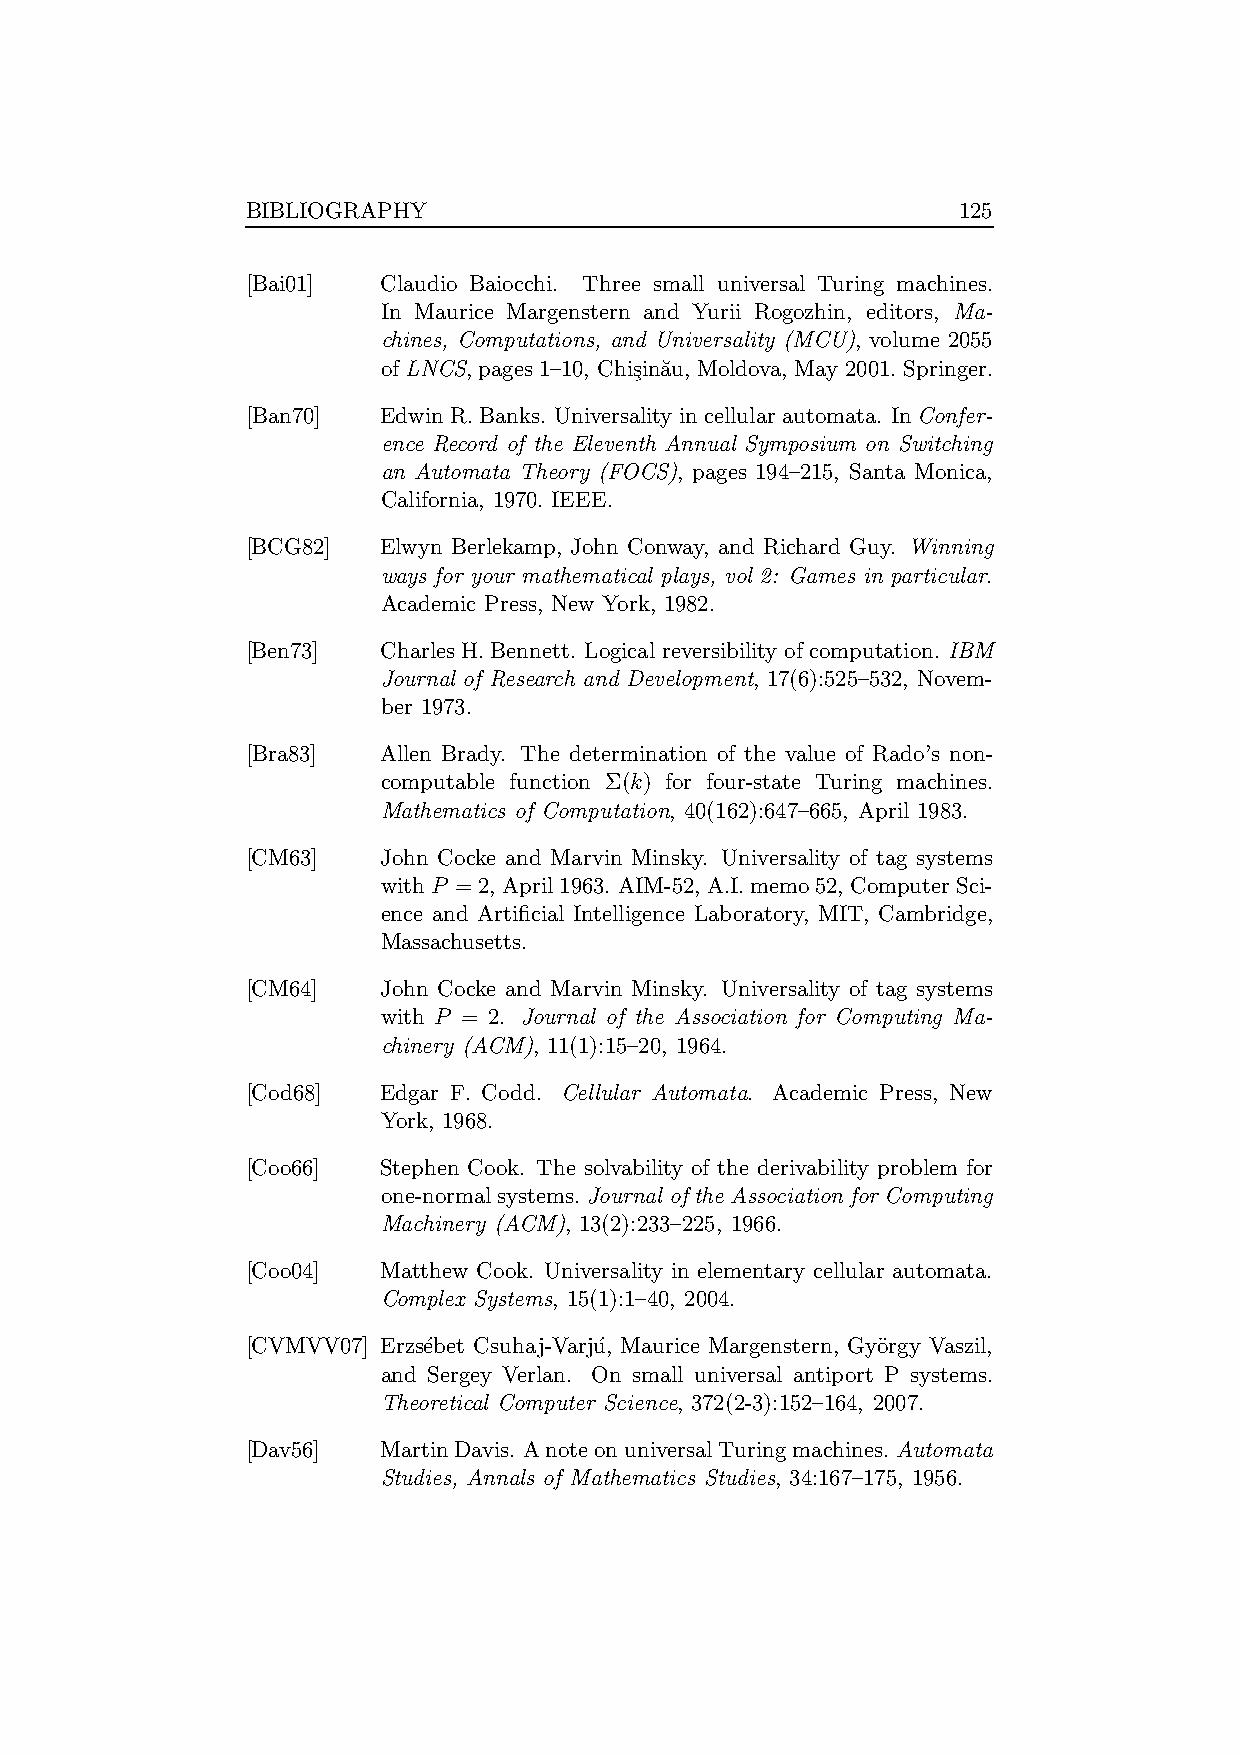
BIBLIOGRAPHY                                   125
 [Bai01]  Claudio Baiocchi. Three small universal Turing machines.
 In Maurice Margenstern and Yurii Rogozhin, editors, Ma-
 chines, Computations, and Universality (MCU), volume 2055
 of LNCS, pages 1–10, Chi¸sina˘u, Moldova, May 2001. Springer.
 [Ban70]  EdwinR.Banks. Universality incellular automata. InConfer-
 ence Record of the Eleventh Annual Symposium on Switching
 an Automata Theory (FOCS), pages 194–215, Santa Monica,
 California, 1970. IEEE.
 [BCG82]  Elwyn Berlekamp, John Conway, and Richard Guy. Winning
 ways for your mathematical plays, vol 2: Games in particular.
 Academic Press, New York, 1982.
 [Ben73]  Charles H.Bennett. Logical reversibility of computation. IBM
 Journal of Research and Development, 17(6):525–532, Novem-
 ber 1973.
 [Bra83]  Allen Brady. The determination of the value of Rado’s non-
 computable function Σ(k) for four-state Turing machines.
 Mathematics of Computation, 40(162):647–665, April 1983.
 [CM63]   John Cocke and Marvin Minsky. Universality of tag systems
 withP = 2,April1963. AIM-52, A.I.memo52,ComputerSci-
 ence and Artificial Intelligence Laboratory, MIT, Cambridge,
 Massachusetts.
 [CM64]   John Cocke and Marvin Minsky. Universality of tag systems
 with P = 2. Journal of the Association for Computing Ma-
 chinery (ACM), 11(1):15–20, 1964.
 [Cod68]  Edgar F. Codd. Cellular Automata. Academic Press, New
 York, 1968.
 [Coo66]  Stephen Cook. The solvability of the derivability problem for
 one-normalsystems. Journal of the Association for Computing
 Machinery (ACM), 13(2):233–225, 1966.
 [Coo04]  Matthew Cook. Universality in elementary cellular automata.
 Complex Systems, 15(1):1–40, 2004.
 [CVMVV07] Erzs´ebet Csuhaj-Varju´, Maurice Margenstern, Gy¨orgy Vaszil,
 and Sergey Verlan. On small universal antiport P systems.
 Theoretical Computer Science, 372(2-3):152–164, 2007.
 [Dav56]  MartinDavis. AnoteonuniversalTuringmachines. Automata
 Studies, Annals of Mathematics Studies, 34:167–175, 1956.